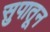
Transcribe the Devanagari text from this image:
सुपातून